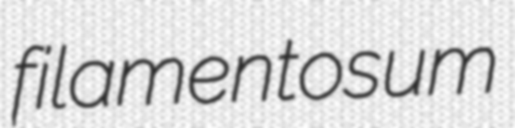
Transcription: filamentosum